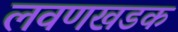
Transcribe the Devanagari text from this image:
लवणखडक